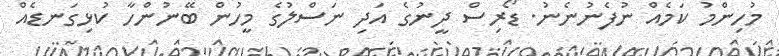
މުހިންމު ކަމެއް ނުފެނުނެނު. ޑޯރިސް ދީނުގެ އަދި ނަސްލުގެ މީހުން ބޭނުންހާ ކުޅިގަނޑެއް